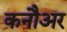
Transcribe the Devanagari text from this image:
कनौअर